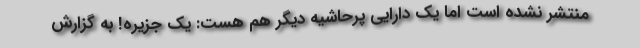
منتشر نشده است اما یک دارایی پرحاشیه دیگر هم هست: یک جزیره! به گزارش